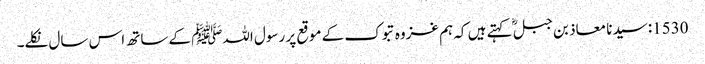
1530: سیدنا معاذ بن جبلؓ کہتے ہیں کہ ہم غزوہ تبوک کے موقع پر رسول اللہﷺ کے ساتھ اس سال نکلے۔